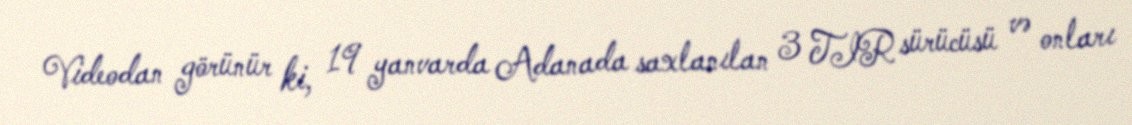
Videodan görünür ki, 19 yanvarda Adanada saxlanılan 3 TIR sürücüsü və onları